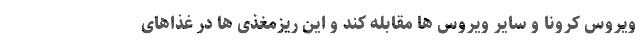
ویروس کرونا و سایر ویروس ها مقابله کند و این ریزمغذی ها در غذاهای